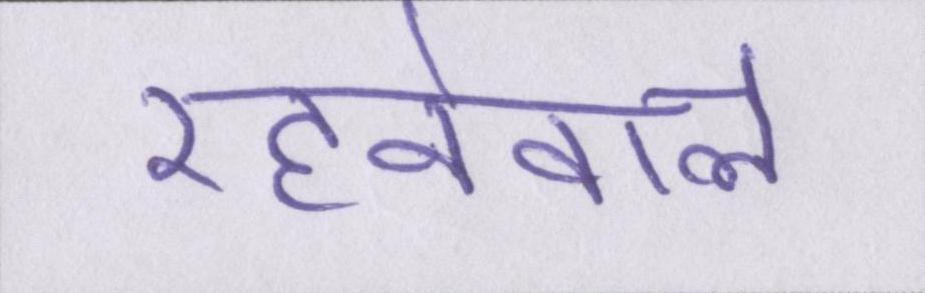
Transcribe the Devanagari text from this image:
रहनेवाले